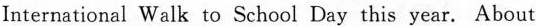
International Walk to School Day this year.